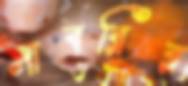
সাবরির